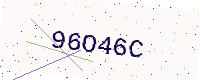
Text: 96O46C